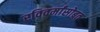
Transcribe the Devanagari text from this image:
रविवर्मांसोबत